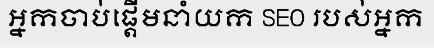
អ្នកចាប់ផ្តើមនាំយក SEO របស់អ្នក